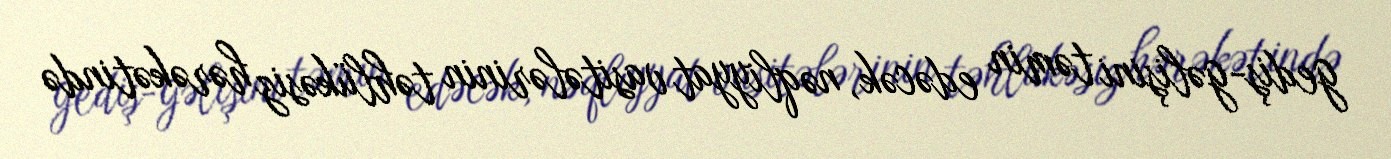
gediş-gəlişini təmin edəcək, nəqliyyat vasitələrinin təhlükəsiz hərəkətində